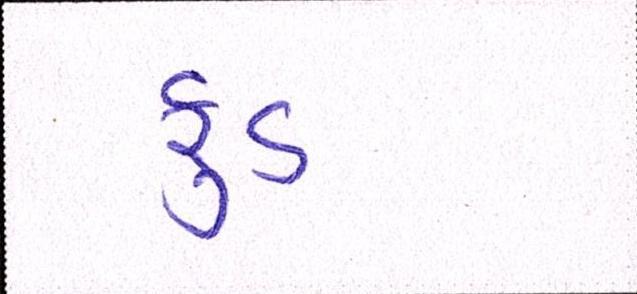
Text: ફુડ